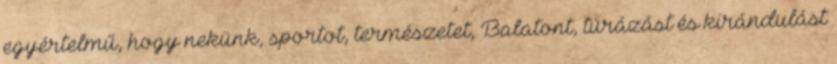
egyértelmű, hogy nekünk, sportot, természetet, Balatont, túrázást és kirándulást